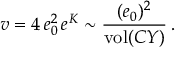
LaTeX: v = 4 \, e _ { 0 } ^ { 2 } \, e ^ { K } \sim { \frac { ( e _ { 0 } ) ^ { 2 } } { \mathrm { v o l } ( C Y ) } } \, .